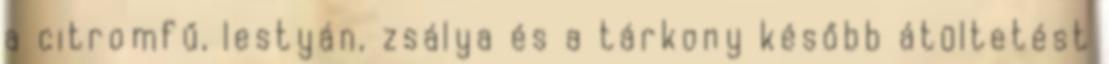
a citromfű, lestyán, zsálya és a tárkony később átültetést